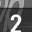
Digit: 2